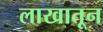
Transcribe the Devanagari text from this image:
लाखातून